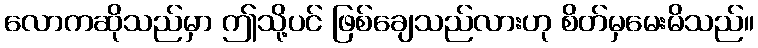
လောကဆိုသည်မှာ ဤသို့ပင် ဖြစ်ချေသည်လားဟု စိတ်မှမေးမိသည်။